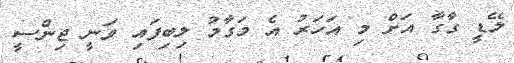
ލޭޑީ ގާގާ އަށް މި އަހަރު އެ މަގާމު ލިބިފައި ވަނީ ޖިންސީ